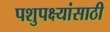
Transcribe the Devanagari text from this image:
पशुपक्ष्यांसाठी